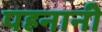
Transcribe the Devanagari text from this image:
पहनानी